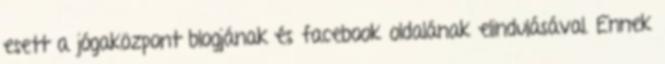
esett a jógaközpont blogjának és facebook oldalának elindulásával. Ennek